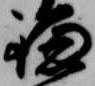
鎌